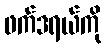
ဖက်ဒရယ်ကို